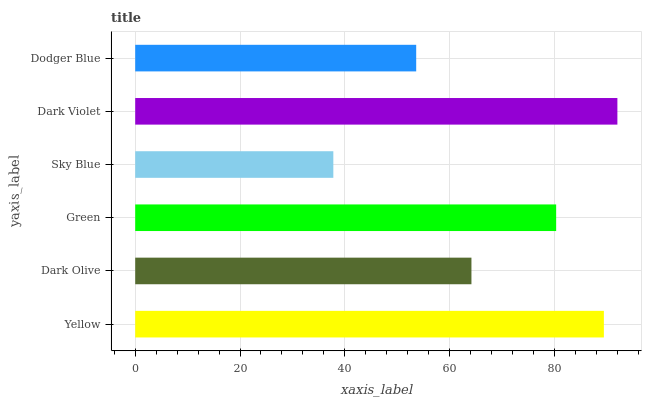
| yaxis_label | bars |
 | --- | --- |
 | Yellow | 89.4 |
 | Dark Olive | 64.2 |
 | Green | 80.3 |
 | Sky Blue | 37.8 |
 | Dark Violet | 92 |
 | Dodger Blue | 53.6 |